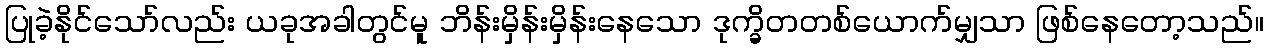
ပြုခဲ့နိုင်သော်လည်း ယခုအခါတွင်မူ ဘိန်းမှိန်းမှိန်းနေသော ဒုက္ခိတတစ်ယောက်မျှသာ ဖြစ်နေတော့သည်။